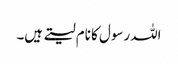
اللہ رسول کا نام لیتے ہیں۔